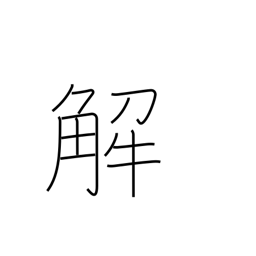
Meaning: notes